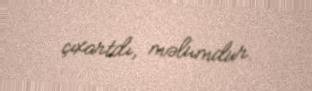
çıxartdı, məlumdur.